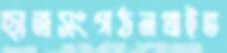
ছাত্রসংগঠনপ্রাইভ